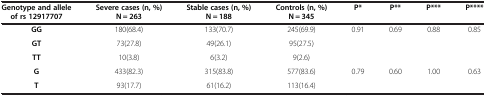
<table><thead><tr><td><b>Genotype and allele of rs 12917707</b></td><td><b>Severe cases (n, %) N = 263</b></td><td><b>Stable cases (n, %) N = 188</b></td><td><b>Controls (n, %) N = 345</b></td><td><b>P*</b></td><td><b>P**</b></td><td><b>P***</b></td><td><b>P****</b></td></tr></thead><tbody><tr><td><b>GG</b></td><td>180(68.4)</td><td>133(70.7)</td><td>245(69.9)</td><td>0.91</td><td>0.69</td><td>0.88</td><td>0.85</td></tr><tr><td><b>GT</b></td><td>73(27.8)</td><td>49(26.1)</td><td>95(27.5)</td><td> </td><td> </td><td> </td><td> </td></tr><tr><td><b>TT</b></td><td>10(3.8)</td><td>6(3.2)</td><td>9(2.6)</td><td> </td><td> </td><td> </td><td> </td></tr><tr><td><b>G</b></td><td>433(82.3)</td><td>315(83.8)</td><td>577(83.6)</td><td>0.79</td><td>0.60</td><td>1.00</td><td>0.63</td></tr><tr><td><b>T</b></td><td>93(17.7)</td><td>61(16.2)</td><td>113(16.4)</td><td> </td><td> </td><td> </td><td> </td></tr></tbody></table>